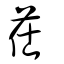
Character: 茌